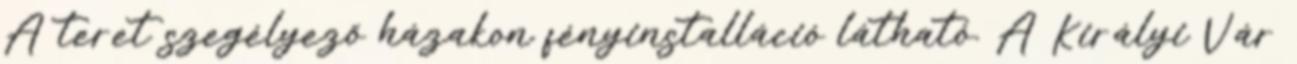
A teret szegélyező házakon fényinstalláció látható. A Királyi Vár